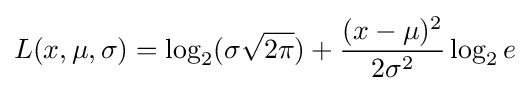
L(x,\mu ,\sigma )=\log _{2}(\sigma {\sqrt {2\pi }})+{\frac {(x-\mu )^{2}}{2\sigma ^{2}}}\log _{2}e